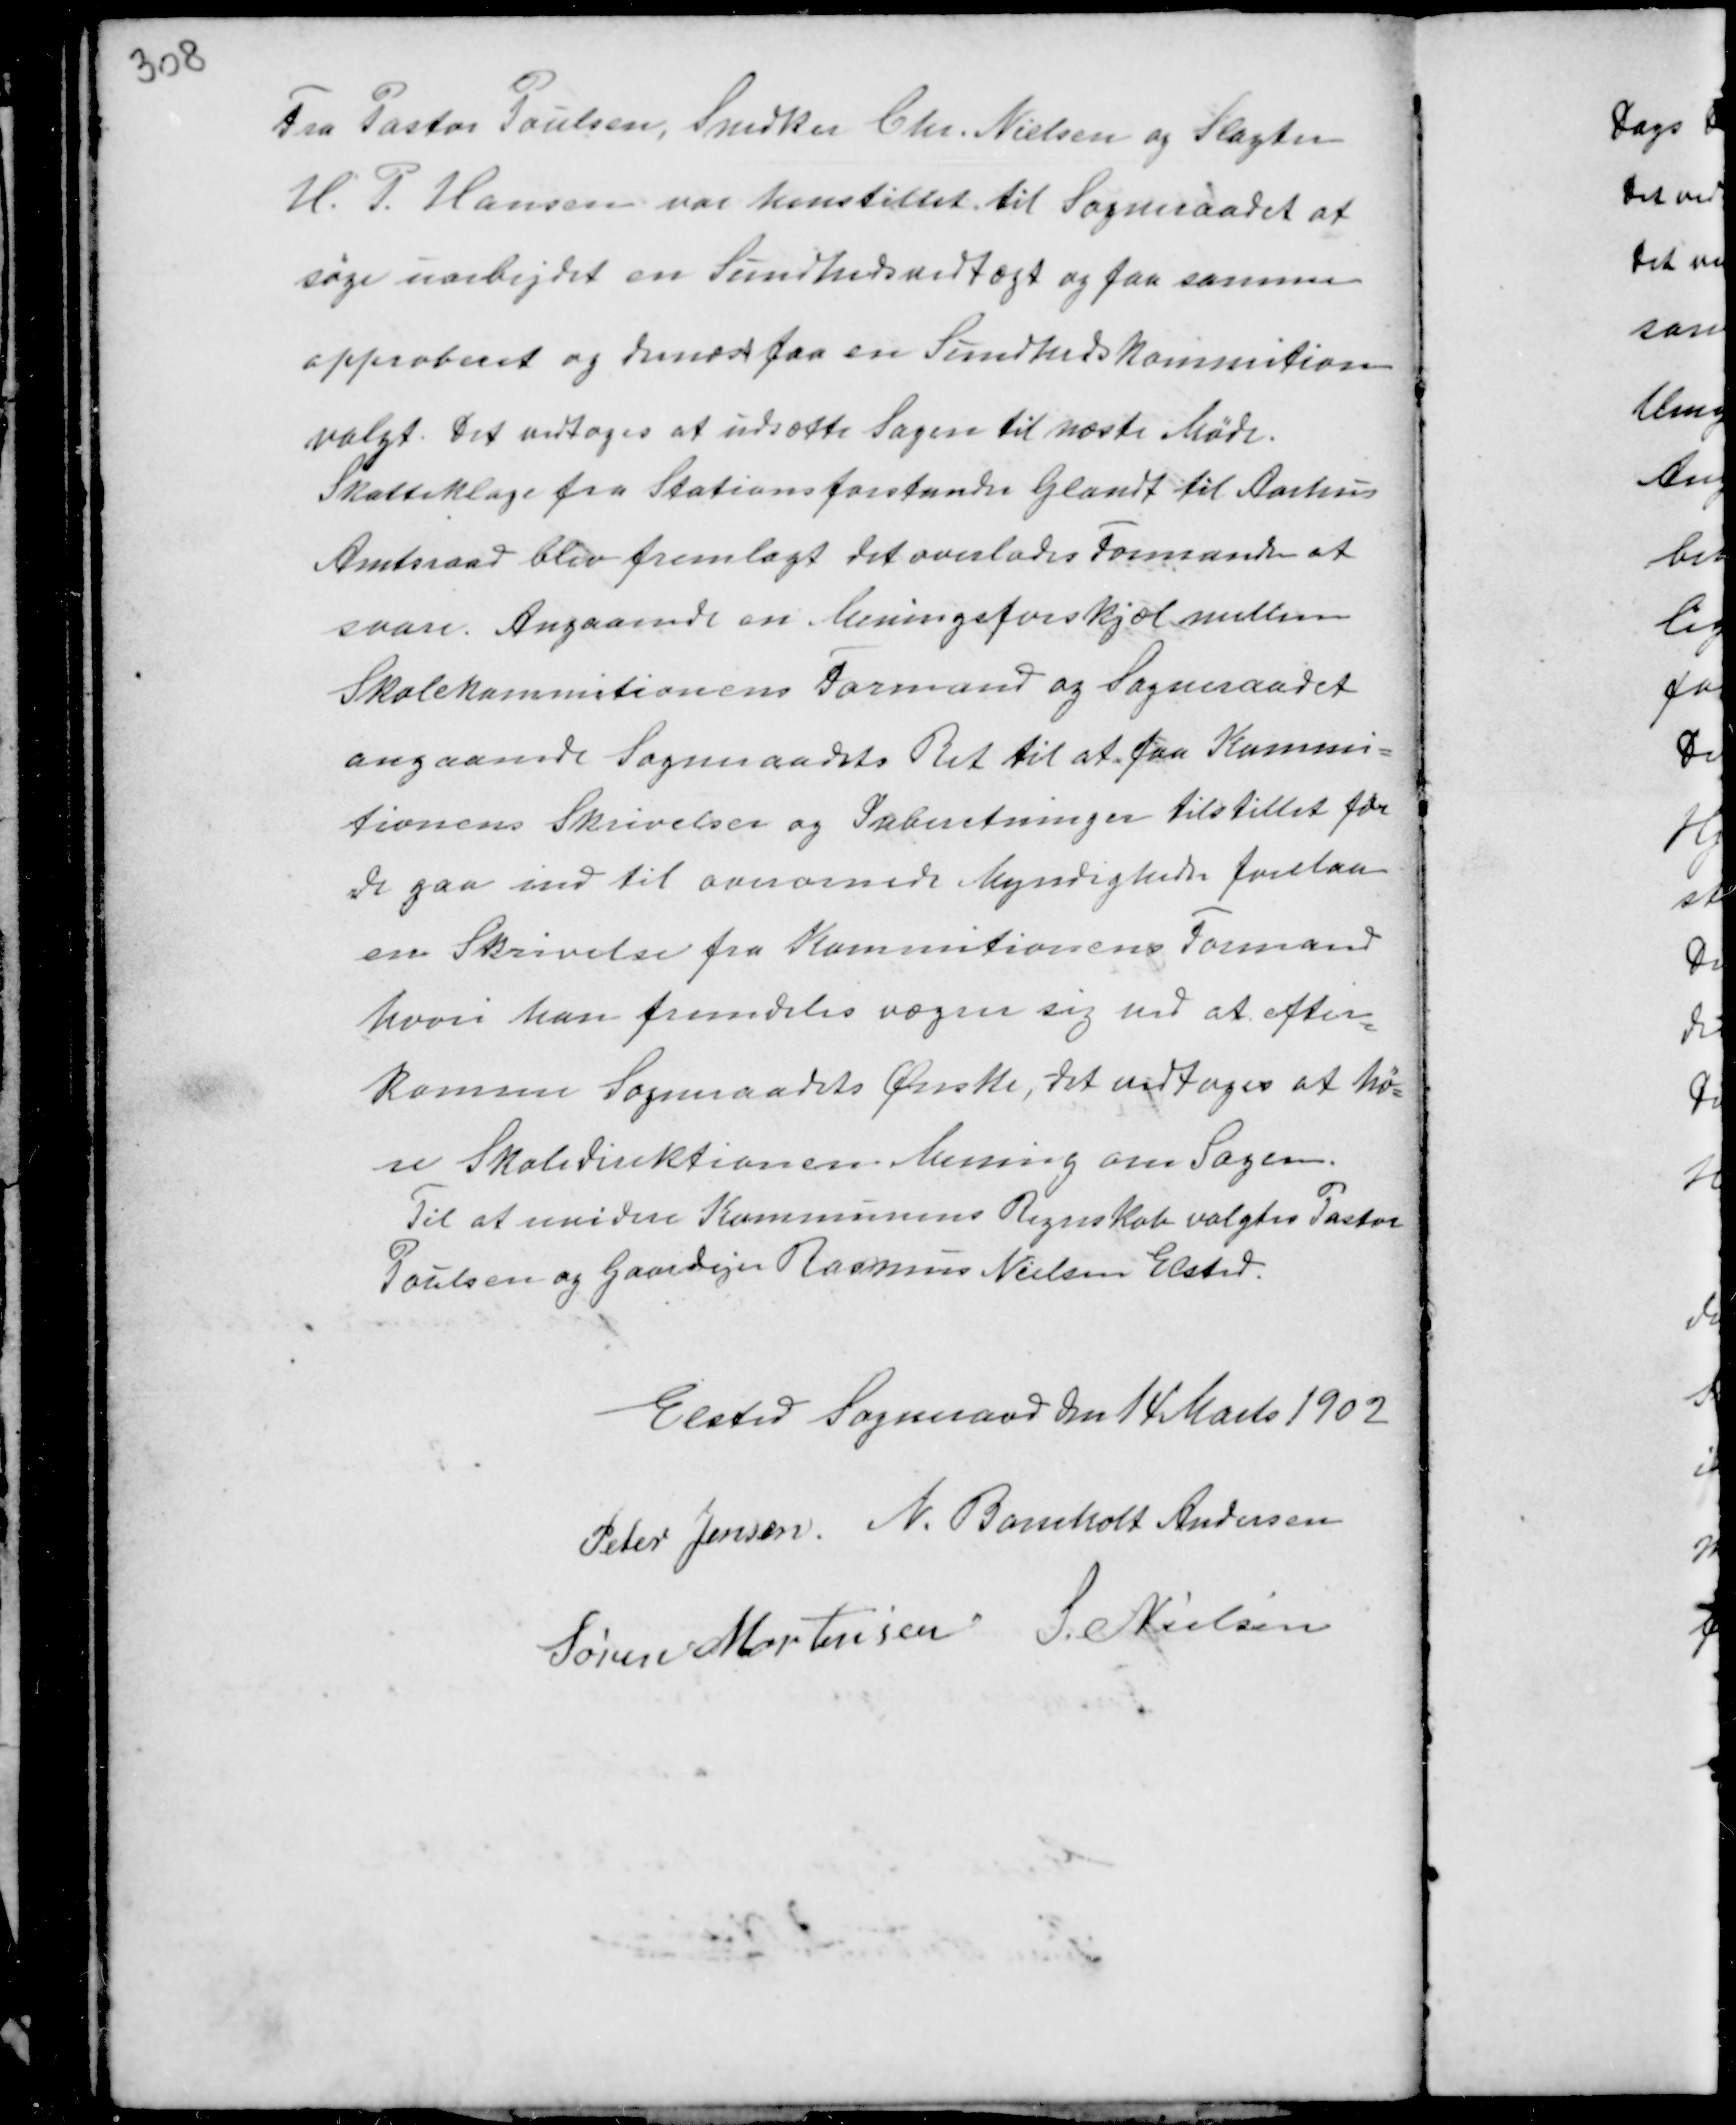
Transskription:
Fra Pastor Poulsen, Snedker Chr. Nielsen og Slagter
H. P. Hansen var henstillet til Sogneraadet at
søge uarbejdet en Sundhedsvedtægt og faa samme
approberet og dernæst faa en Sundhedskommition
valgt. Det vedtoges at udsætte Sagen til næste Møde.
Skatteklage fra Stationsforstanden Glandt til Aarhus
Amtsraad blev fremlagt. Det overlades Formanden at
svare. Angaaende en Meningsforskjæl mellem
Skolekommitionens Formand og Sogneraadet
angaaende Sogneraadets Ret til at faa Kommi-
tionens Skrivelser og Suberetninger tilstillet før
de gaar ind til overornede Myndigheder forelaa
en Skrivelse fra Kommitionens Formand
hvori han fremdeles vægrer sig ved at efter-
komme Sogneraadets Ønske, det vedtoges at hø-
re Skoledirektionen Mening om Sagen.
Til at revidere Kommunens Regnskab valgtes Pastor
Poulsen og Gaardejer Rasmus Nielsen Elsted.

Elsted Sogneraad den 14 Marts 1902
Peter Jensen N. Bomholt Andersen
Søren Mortensen S. Nielsen